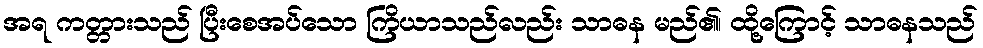
အရ ကတ္တားသည် ပြီးစေအပ်သော ကြိယာသည်လည်း သာဓန မည်၏၊ ထို့ကြောင့် သာဓနသည်